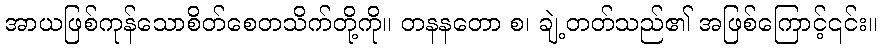
အာယဖြစ်ကုန်သောစိတ်စေတသိက်တို့ကို။ တနနတော စ၊ ချဲ့တတ်သည်၏ အဖြစ်ကြောင့်၎င်း။